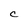
Character: C